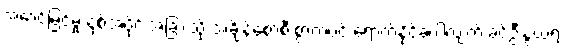
အောင်မြင်မှု နှစ်အပိုင်းအခြားသို့ အချိန်စောစီးစွာကပင် ရောက်နိုင်ခဲ့ပါလျက် ခင်ဦးနွယ်ရဲ့